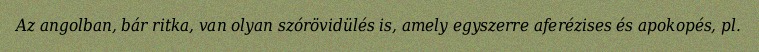
Az angolban, bár ritka, van olyan szórövidülés is, amely egyszerre aferézises és apokopés, pl.